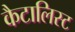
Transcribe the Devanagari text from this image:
कैटालिस्ट